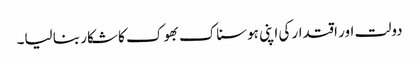
دولت اور اقتدار کی اپنی ہوسناک بھوک کا شکار بنا لیا۔